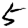
Digit: 5